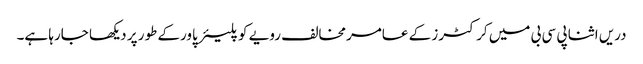
دریں اثنا پی سی بی میں کرکٹرز کے عامرمخالف رویے کو پلیئر پاورکے طور پر دیکھا جارہا ہے۔